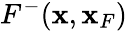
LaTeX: F^{-}({\mathbf x},{\mathbf x}_{F})